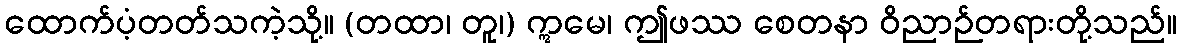
ထောက်ပံ့တတ်သကဲ့သို့။ (တထာ၊ တူ၊) ဣမေ၊ ဤဖဿ စေတနာ ဝိညာဉ်တရားတို့သည်။